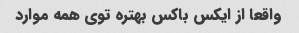
واقعا از ایکس باکس بهتره توی همه موارد